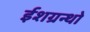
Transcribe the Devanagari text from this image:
ईशग्रन्थो